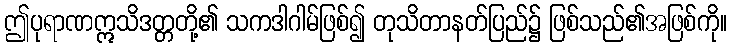
ဤပုရာဏဣသိဒတ္တတို့၏ သကဒါဂါမ်ဖြစ်၍ တုသိတာနတ်ပြည်၌ ဖြစ်သည်၏အဖြစ်ကို။